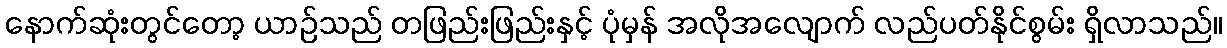
နောက်ဆုံးတွင်တော့ ယာဉ်သည် တဖြည်းဖြည်းနှင့် ပုံမှန် အလိုအလျောက် လည်ပတ်နိုင်စွမ်း ရှိလာသည်။